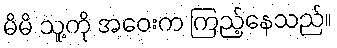
မိမိ သူ့ကို အဝေးက ကြည့်နေသည်။